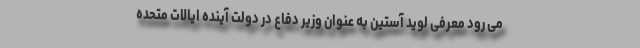
می رود معرفی لوید آستین به عنوان وزیر دفاع در دولت آینده ایالات متحده